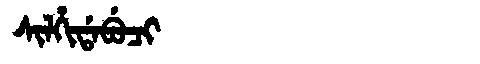
Manchu: ᠰᡳᠯᡥᡳᡩᠠᠪᡠᠴᡳ
Romanization: SILHIDABUCI